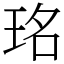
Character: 𤥁